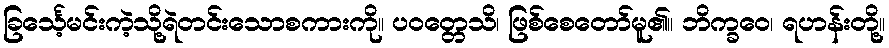
ခြင်္သေ့မင်းကဲ့သို့ရဲတင်းသောစကားကို။ ပဝတ္တေသိ၊ ဖြစ်စေတော်မူ၏။ ဘိက္ခဝေ၊ ရဟန်းတို့။